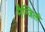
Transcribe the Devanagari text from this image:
मैग्जिली